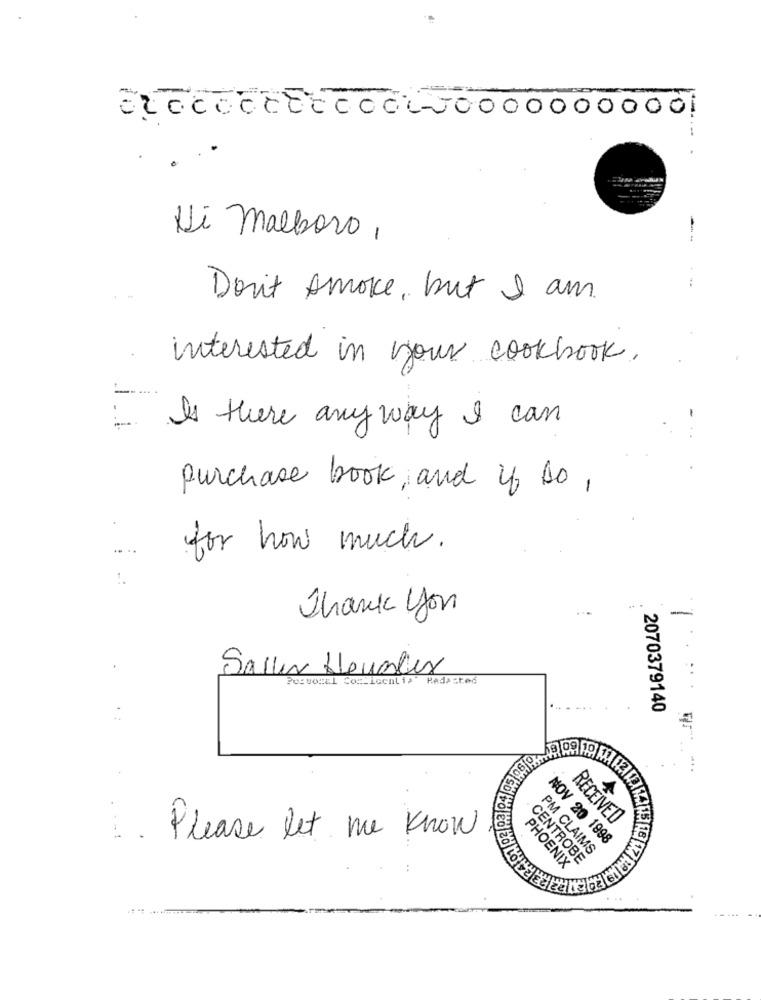
. ..
Ni malboro,
Don't smoke, but I am
interested in your cookbook.
Is there any way I can
purchase book, and if so,
for how much.
.:
...
Thank you
-
Saller Heualex
RadaSted
2070379140
RECEIVED
1. Please let me know
NOV 20 1998
PM CLAIMS
CENTROBE
PHOENIX